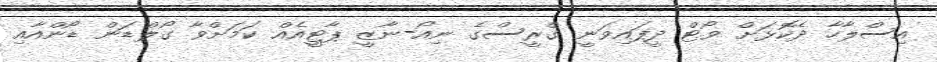
އިސްލާހާ ދެކޮޅަށް ވޯޓް ދީފައިވަނީ ގްރީސްގެ ނިއޯ-ނާޒީ ޕާޓީއެއް ކަމަށްވާ ގޯލްޑަން ޑޯންއާއި